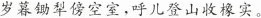
岁暮锄犁傍空室，呼儿登山收橡实。